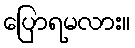
ပြောရမလား။